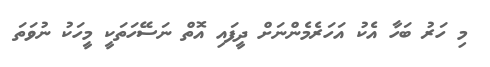
މި ހަރު ބަހާ އެކު އަހަރެމެންނަށް ދީފައި އޮތް ނަސޭހަތަކީ މީހަކު ނުވަތަ